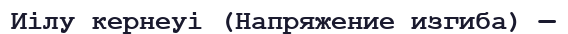
Иілу кернеуі (Напряжение изгиба) —